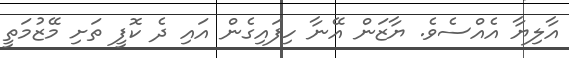
އާލިޔާ އެއްސެވެ. ޔާޒަން އޭނާ ހިފައިގެން އައި ދެ ކޮފީ ތަށި މޭޒުމަތީ